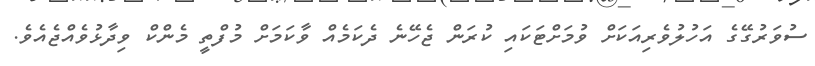
ސުވަރުގޭގެ އަހުލުވެރިއަކަށް ވުމަށްޓަކައި ކުރަން ޖެހޭނެ ދެކަމެއް ވާކަމަށް މުފްތީ މެންކް ވިދާޅުވެއްޖެއެވެ.